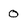
Character: 0